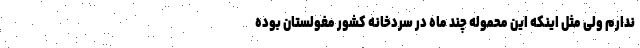
ندارم ولی مثل‌ اینکه این محموله چند ماه در سردخانه کشور مغولستان بوده